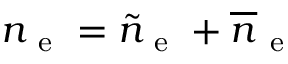
n _ { \mathrm { ~ e ~ } } = \tilde { n } _ { \mathrm { ~ e ~ } } + \overline { { n } } _ { \mathrm { ~ e ~ } }